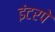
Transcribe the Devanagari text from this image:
इंटरपे